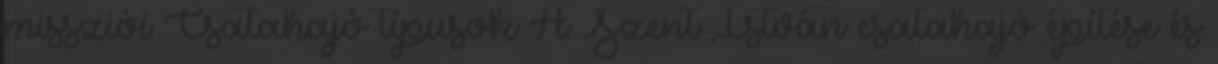
missziói Csatahajó típusok A Szent István csatahajó építése és